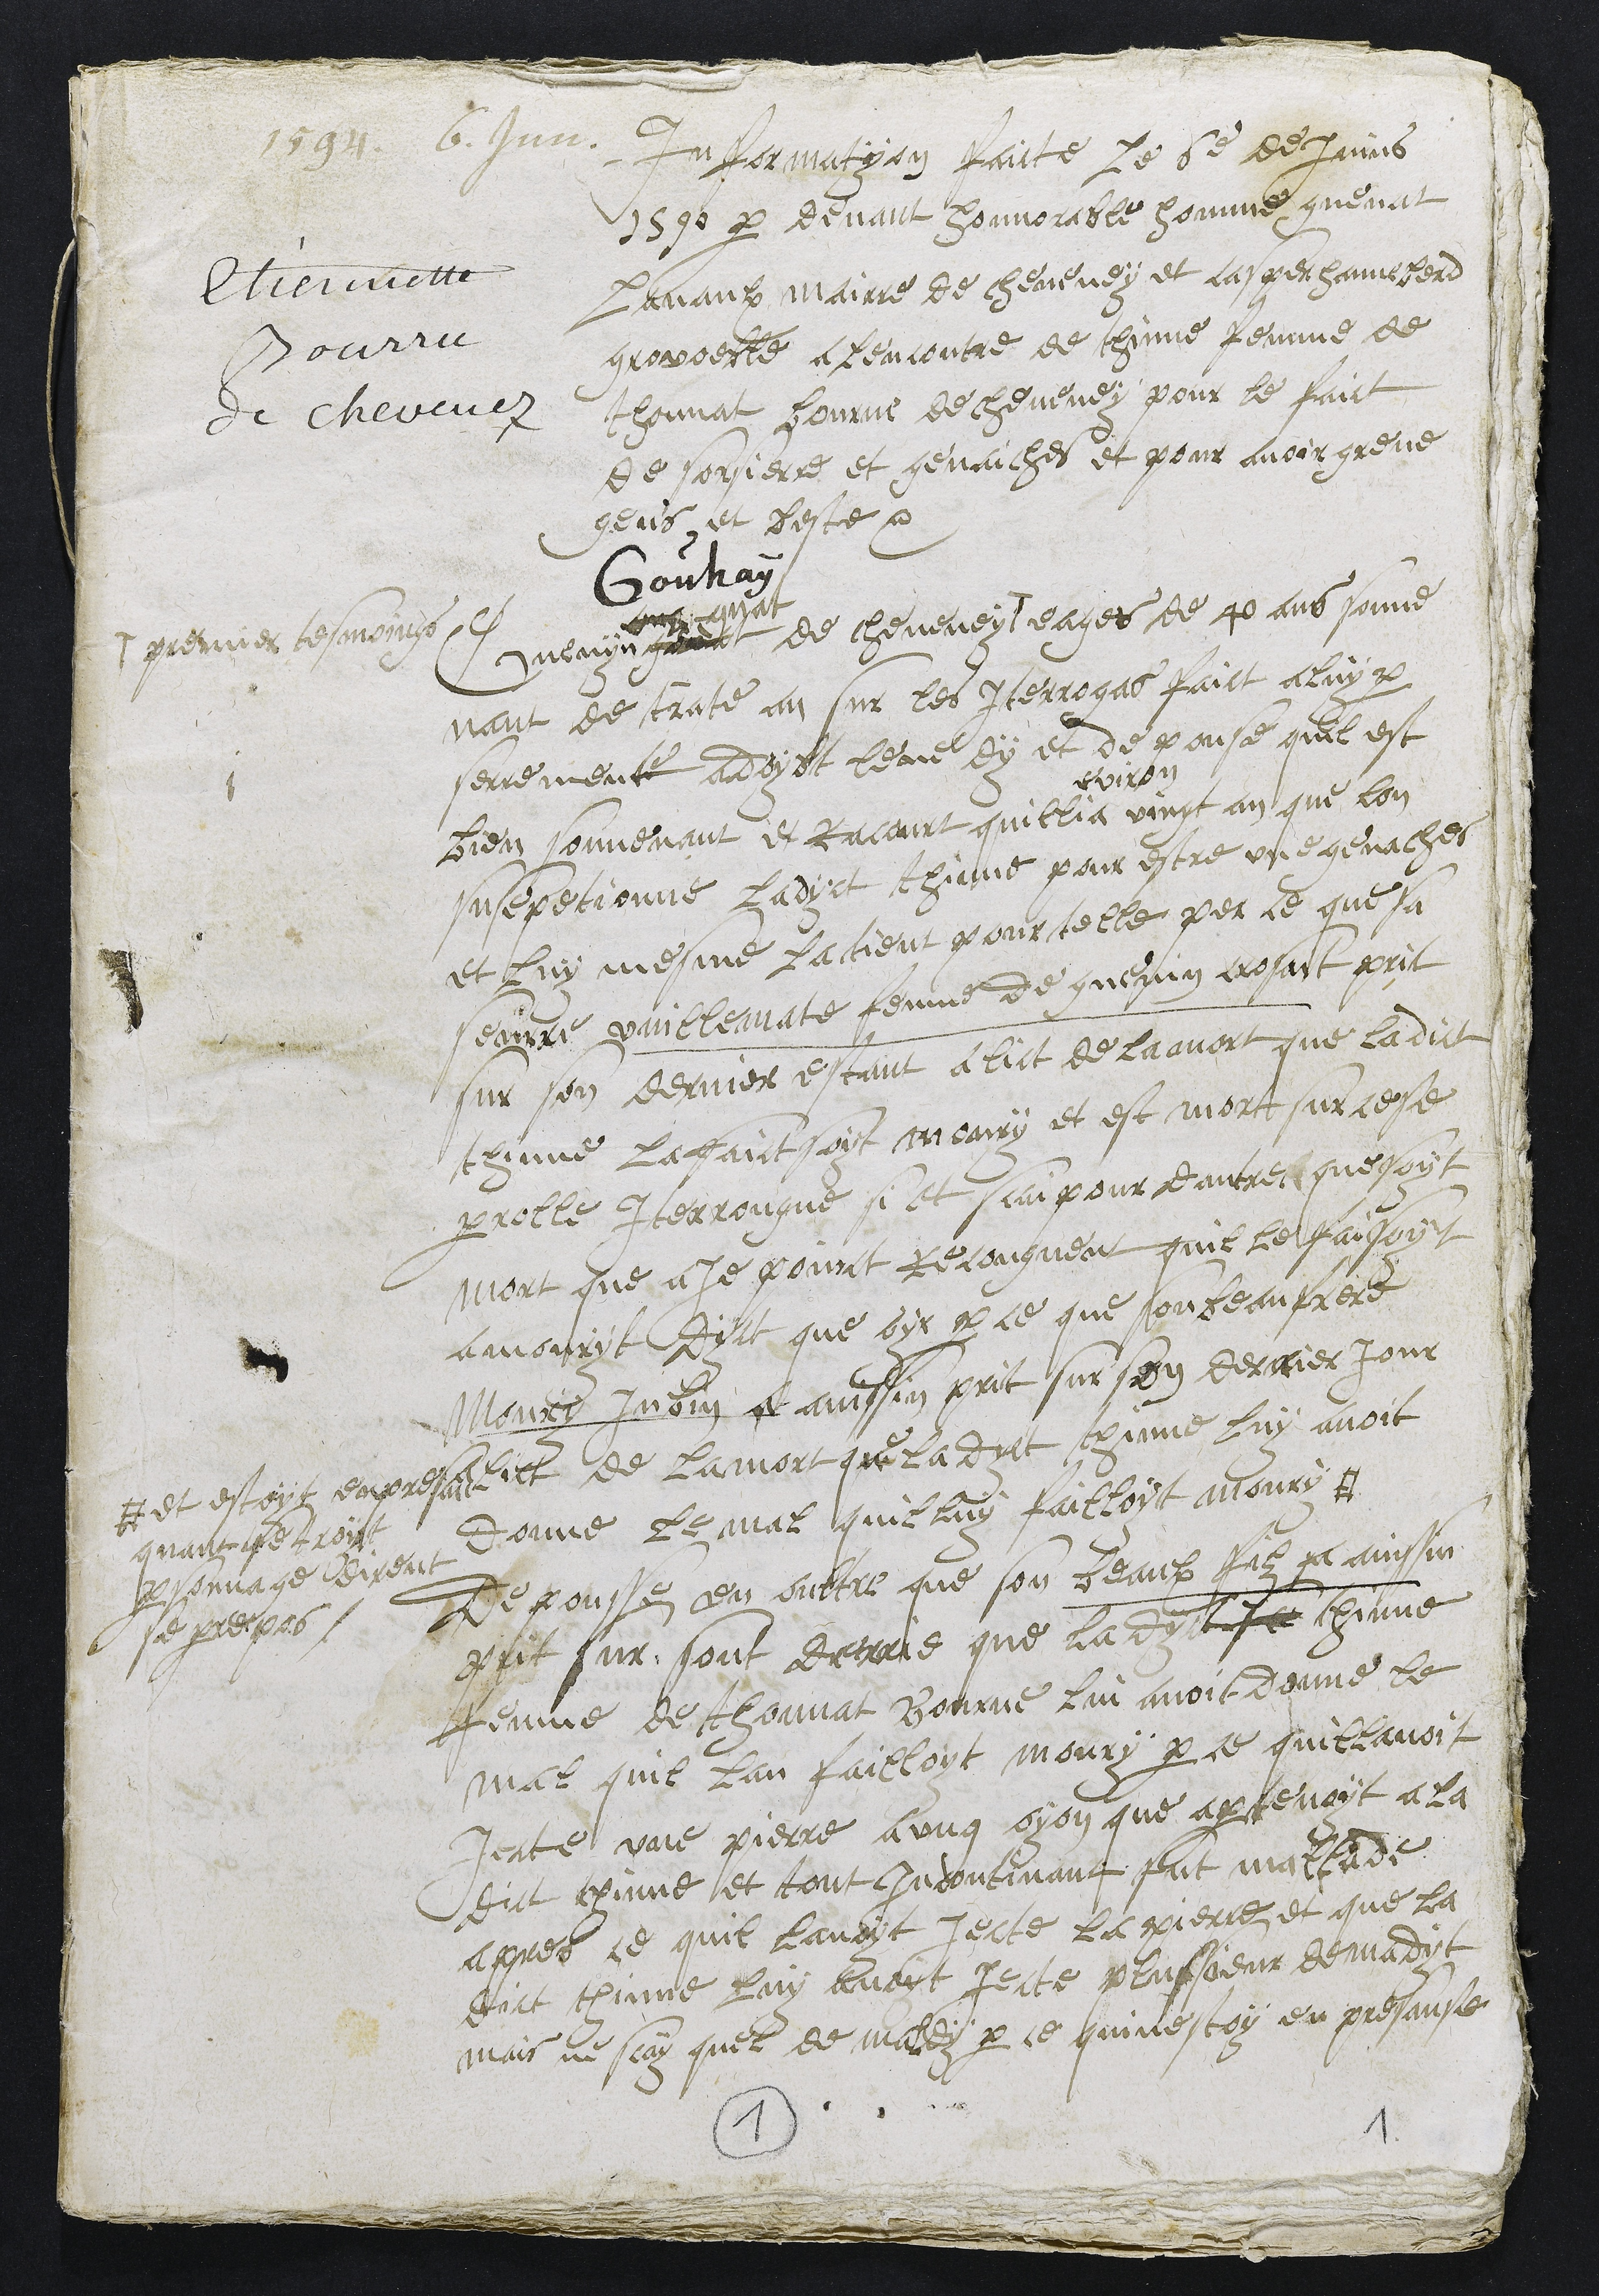
1594. 6. Jun.
Henriatte
Bourru
de chevenez
Information faite Le 6e de Juins
1590 par devant honnorable homme guenat
Lavaulx mairre de cheveney et casper hanneberd
grovoeble a lencontre de Thinne femme de
Thonnat bourne de cheveney pour le faict
de sorcierre et genaiches et pour avoir greve
gens et beste
Guenyn
guat
Gouhay
de cheveney
premier tesmoings
eages de 40 ans souve
nant de trante an sur les Interrogas faict a luy par
serrement a doibt leve dy et de pouse quil est
bien souvenant et racourt quillia
eviron
vingt an que lon
susepitionne ladyct thinne pour estre une genaches
et luy mesme la tient pour telle per ce que sa
seurre vuillematte femme de guenin crosart prit
sur son dernier estaut a lict de la mort que ladict
thinne la faict soyt moury et est mort sur ceste
parrolle Interrongue si et scai pour dautre que soyt
mort que aje poinct recongneu quil le faisoyt
amouryt Dyct que oyr par ce que son beau frere
Maury Jubin a ainssin prit sur son dernier jour
a lict de la mort que ladyct thinne luy avoit
donne le mal quil luy failloyt moury #
# et estoyt en present
quant se troit
personnage dirent
se propos.
Depousse en oultre que son beaulx filz a ainssin
prit sur sont derrie que ladycte se thinne
femme de thonnat bourne lui avoit donne le
mal quil lan failloyt moury par ce quillavoit
jecte une pierre a ung oyon que apartenoit a la
dict thinne et tout incontinant fut mallade
appres ce quil lavoyt jecte la pierre et que la
dict thinne luy avoyt jecte plussieur demadyt
mais ne scay quel de maldy par ce quinestoy en presanse
1
1